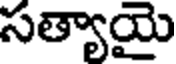
సత్యాయై